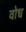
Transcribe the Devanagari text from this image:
वोध